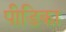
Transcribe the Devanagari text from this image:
पीडिका